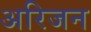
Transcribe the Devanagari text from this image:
अरिजन